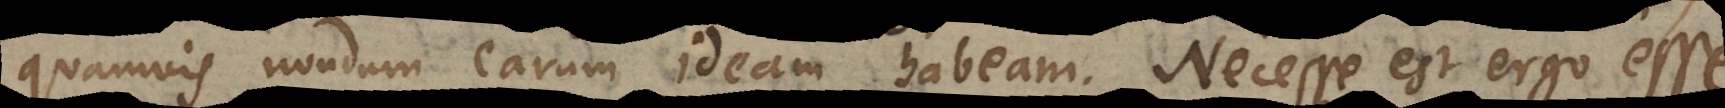
quamvis nondum earum ideam habeam. Necesse est ergo esse